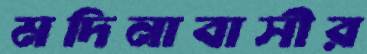
মদিনাবাসীর